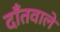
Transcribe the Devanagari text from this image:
दाँतवाले